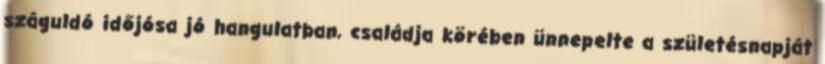
szá­guldó idő­jósa jó han­gu­lat­ban, csa­ládja kö­ré­ben ün­ne­pelte a szü­le­tés­nap­ját